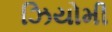
ઝિયોમી